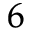
^ 6